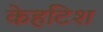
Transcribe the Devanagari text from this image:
केहटिश